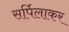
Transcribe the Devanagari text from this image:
सर्पिलाकर